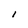
Character: l